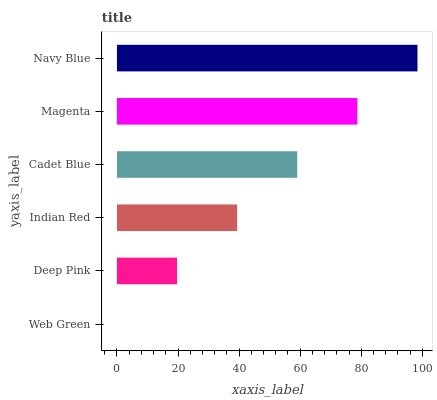
| yaxis_label | bars |
 | --- | --- |
 | Web Green | 0 |
 | Deep Pink | 19.7 |
 | Indian Red | 39.4 |
 | Cadet Blue | 59.1 |
 | Magenta | 78.7 |
 | Navy Blue | 98.4 |